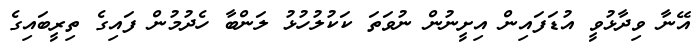
އޭނާ ވިދާޅުވީ އުޑަފައިން އިށީނުން ނުވަތަ ކަކުލުހުޅު ލަންބާ ހެދުމުން ފައިގެ ތިރީބައިގެ